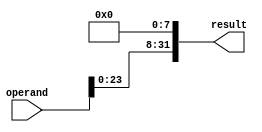
module shiftl8(operand, result);
	input [31:0] operand;
	output [31:0] result;
	
	assign result[31:8] = operand[23:0];
	assign result[7:0] = 8'b00000000;
	
endmodule